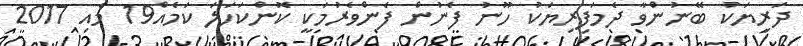
ދަރިޔަކު ބޭނުންވާ ދެމަފިރިޔަކު ހޫނު ފެނުން ފެންވެރުމަކީ ކޮންކަހަލަ ކަމެއް19 މެއި 2017